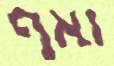
ואף